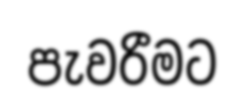
පැවරීමට